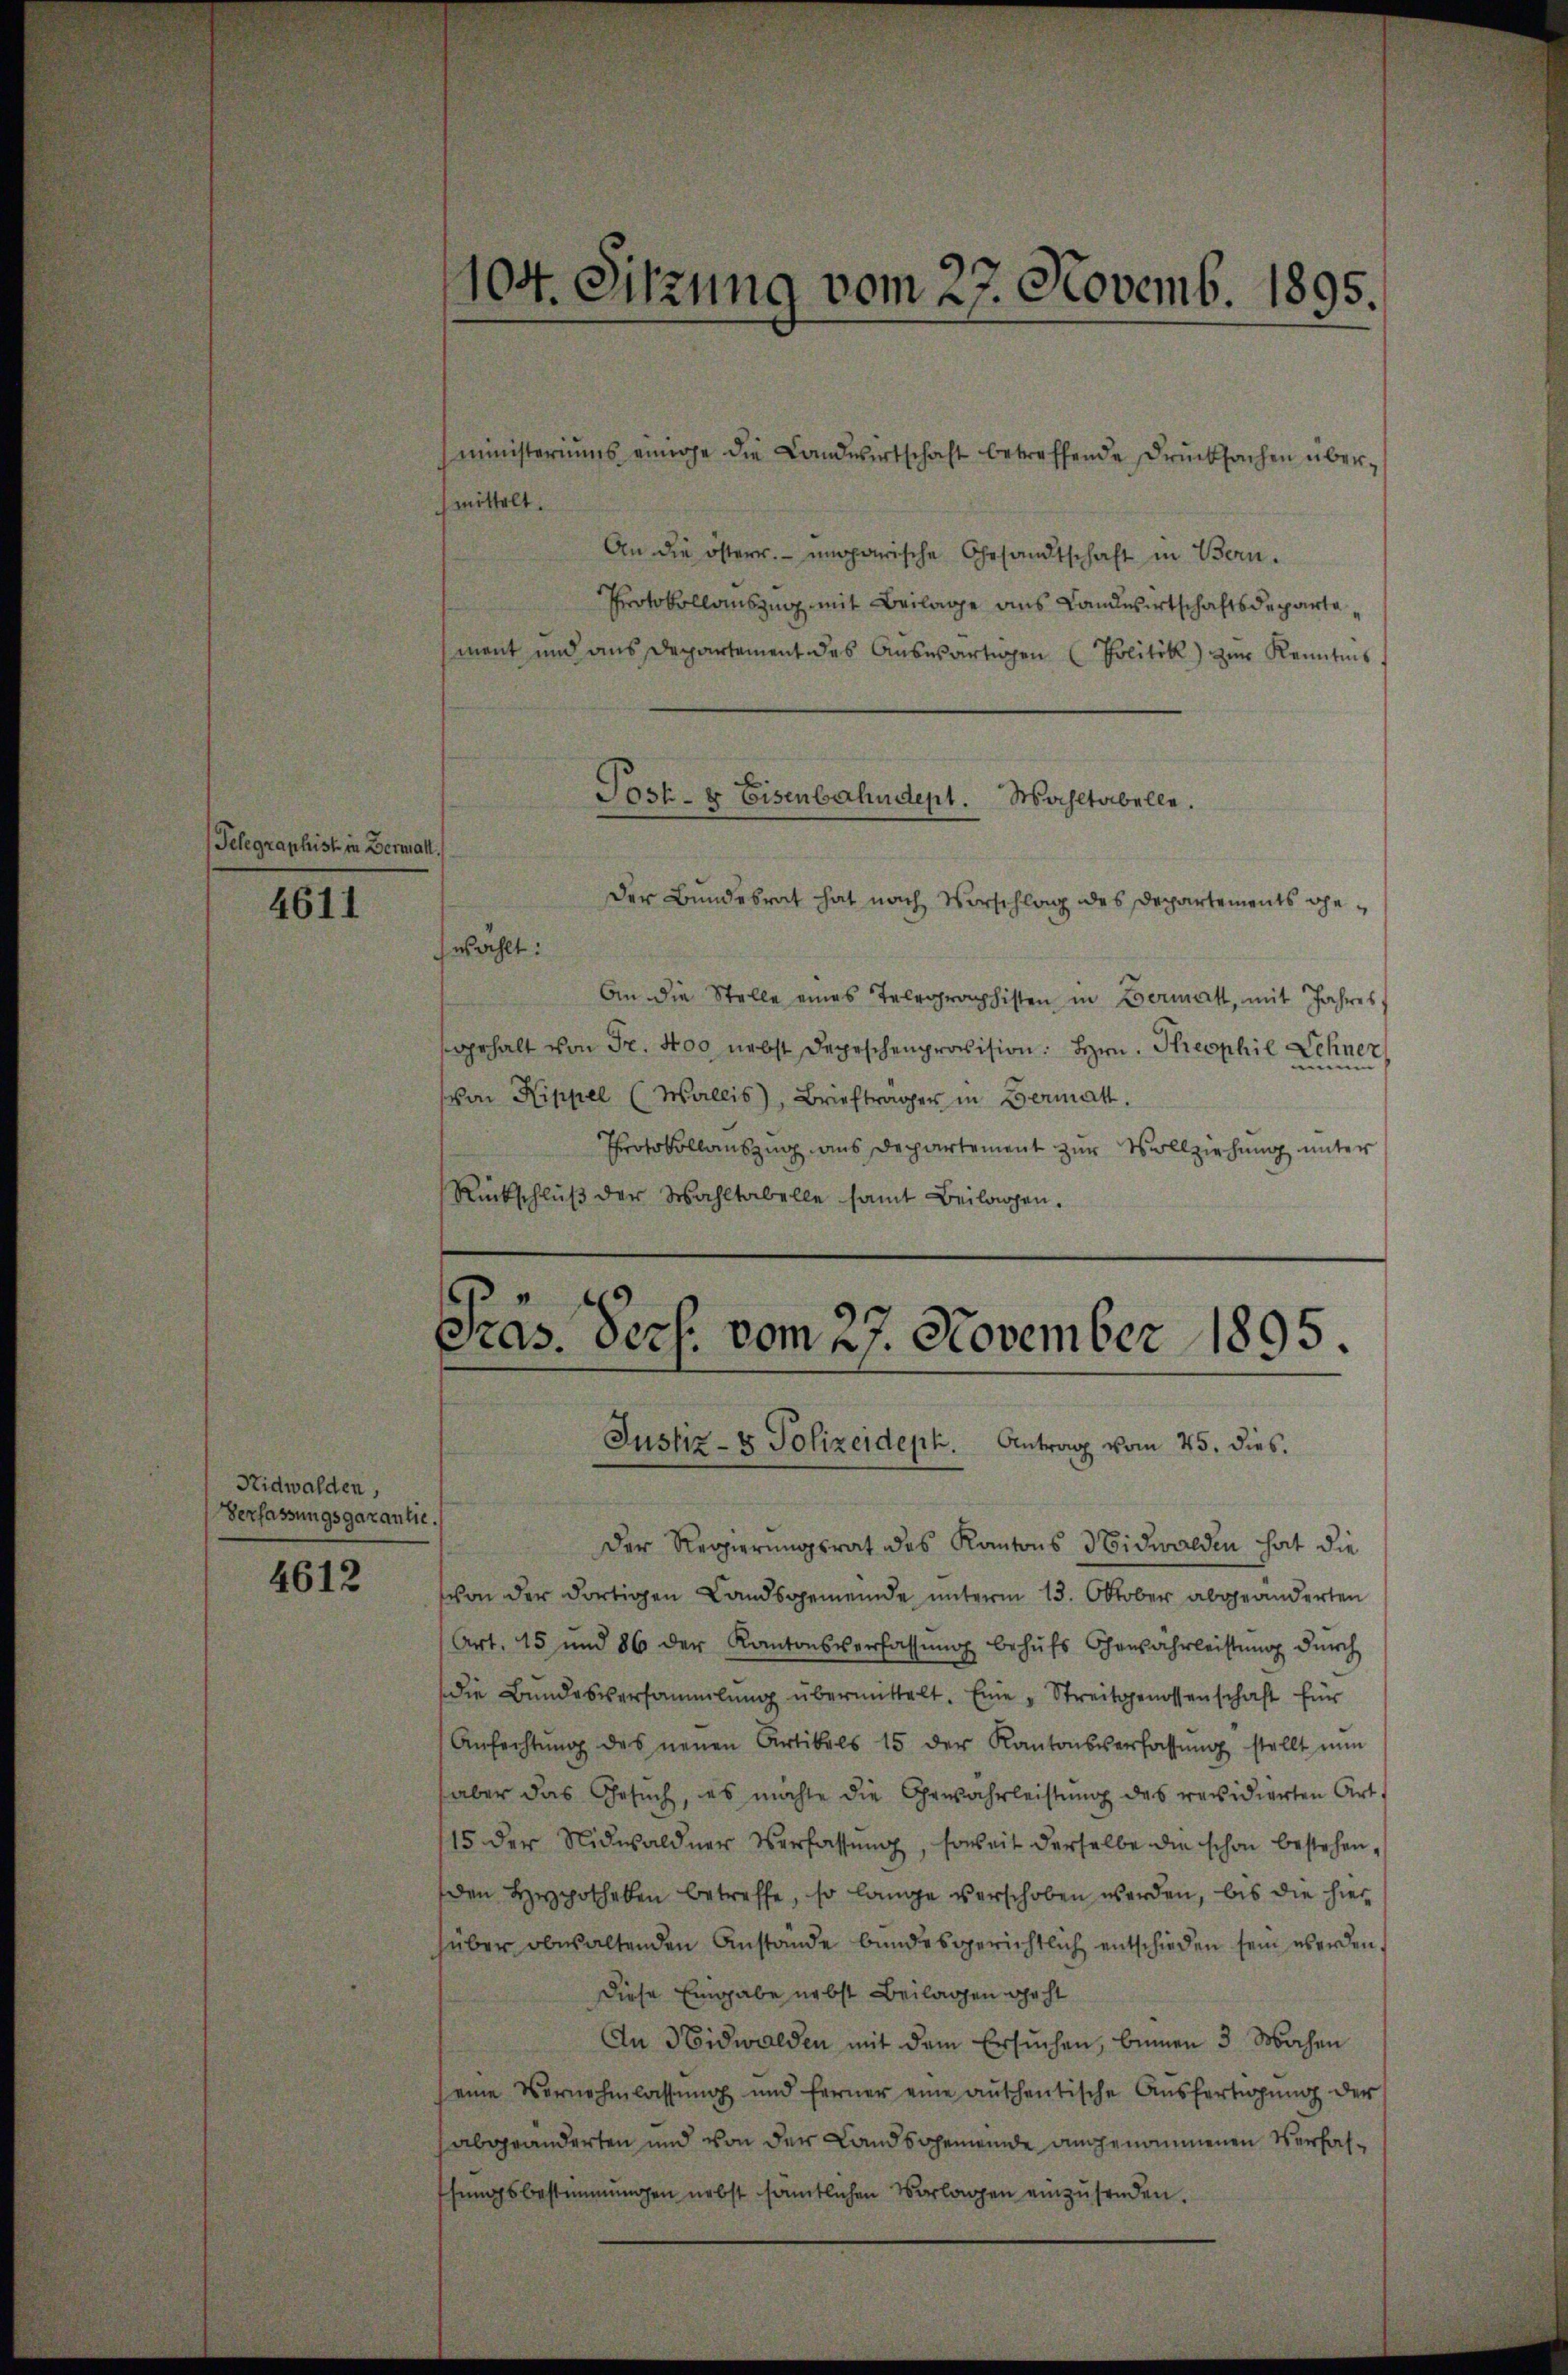
Telegraphist in Bermall,

4611

Nidwalden,
Verfassungsgarantie.

4612

104. Sitzung vom 27. Novemb. 1895.

ministeriums einige die Landwirtschaft betreffende drücksachen übermittelt.
An die österr. ungarische Gesandtschaft in Bern.
Protokollauszug, mit Beilage aus Landwirtschaftsdepartement und aus Departement des Aŭswärtigen Politik) zŭr Kenntnis
Der Bundesrat hat nach Vorschlag des Departements gewählt:
An die Stelle eines Telegraphisten in Bermatt, mit Jahres
sgehalt von Fr. 400 nebst Depeschenprovision. Hrn. Theophil Lehne
2)
von Rippel (Wallis, Brieftrager in Germatt.
Protokollauszug aus Departement zur Vollziehung unter
Rückschlŭβ der Wahltabelle samt Beilagen.

Jost- & Eisenbahndept. Wahltabelle.

Präs. Pers. vom 27. November 1895.
Justiz- & Polizeideph. Antrag vom 25. dies.

Der Regierungsrat des Kantons Nidwalden hat die
von der dortigen Landsgemeinde unterm 13. Oktober abgeänderten
Art. 15 und 86 der Kantonsverfassŭng behŭfs Chenjährleistŭng dŭrch
die Bundesversammlung übermittelt. Eine „Streitgenossenschaft für
Anfechtŭng des neuen Artikels 15 der Kantonsverfassŭng stellt nun
aber das Gesŭch, es möchte die Gewahrleistŭng des revidierten Art.
15 der Nidwaldner Verfassŭng, soweit derselbe die schon bestehen,
den Hypotheken betreffe, so lange verschoben werden, bis die hier
hüber obwaltenden Anstände bundesgerichtlich entschieden sein werden,
Diese Eingabe nebst Beilagen geht
An Nidwalden mit dem Ersuchen, beinen 3 Wochen
seine Vernehmlassŭng und ferner eine aŭshentische Aŭsfertigŭng der
abgeänderten und von der Landsgemeinde angenommenen Verfasthungsbestimmungen nebst sämtlichen Vorlagen einzusenden.